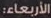
الأربعاء: